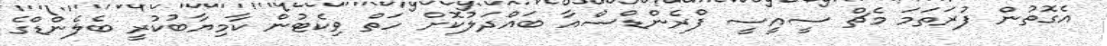
އެގޮތުން ފުރަތަމަ މެޗް ސީއީސީ ފްރެންޑްސްއާ ބައްދަލުކޮށް ހަތް ވިކެޓުން ކާމިޔާބުކުރީ ބެލެންޑްގެ